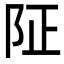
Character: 阷